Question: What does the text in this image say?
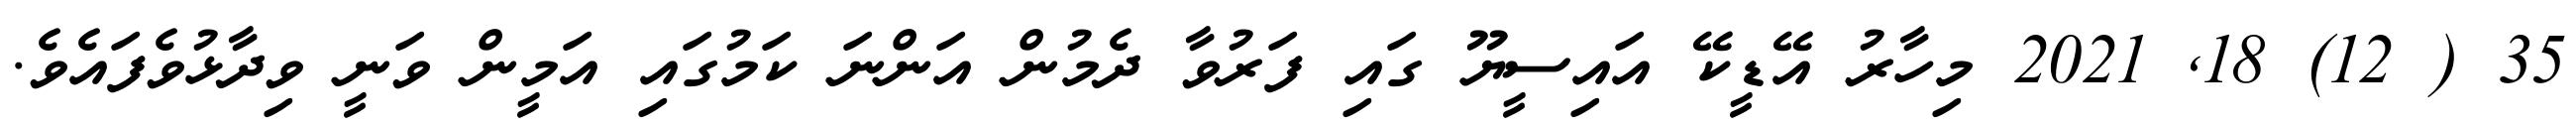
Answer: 35 ( 12) 18, 2021 މިހާރު އޭޑީކޭ އައިސީޔޫ ގައި ފަރުވާ ދެމުން އަންނަ ކަމުގައި އަމީން ވަނީ ވިދާޅުވެފައެވެ.